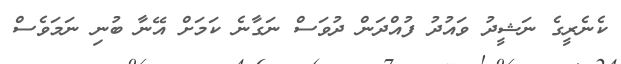
ކެނެރީގެ ނަޝީދު ވައުދު ފުއްދަން ދުވަސް ނަގާނެ ކަމަށް އޭނާ ބުނި ނަމަވެސް